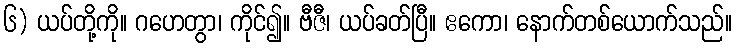
၆) ယပ်တို့ကို။ ဂဟေတွာ၊ ကိုင်၍။ ဗီဇီ၊ ယပ်ခတ်ပြီ။ ဧကော၊ နောက်တစ်ယောက်သည်။